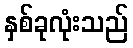
နှစ်ခုလုံးသည်